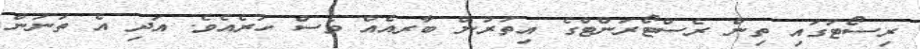
ރިސޯޓުގައި ތިން ރެސްޓޯރަންޓްގެ އިތުރުން ބާރއެއް ވެސް ހުރެއެވެ. އަދި އެ ތަނުން